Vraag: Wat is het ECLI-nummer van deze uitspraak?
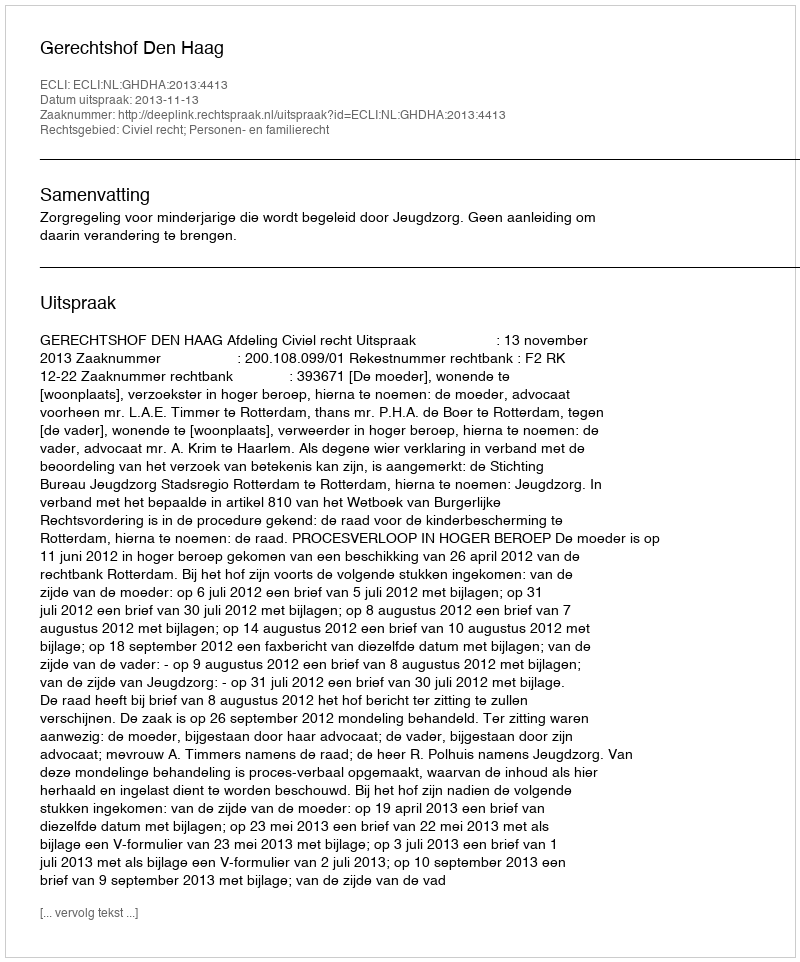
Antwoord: ECLI:NL:GHDHA:2013:4413